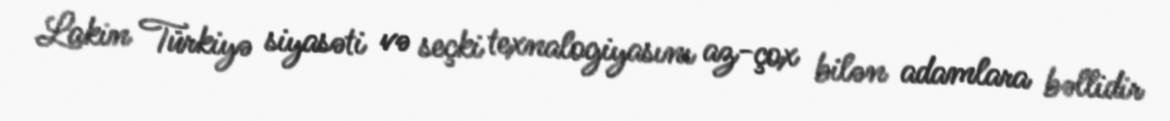
Lakin Türkiyə siyasəti və seçki texnalogiyasını az-çox bilən adamlara bəllidir